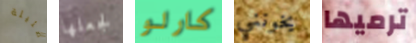
ضئيلة لجعلها كارلو يخونني ترميها